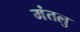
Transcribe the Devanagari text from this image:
मंतलु